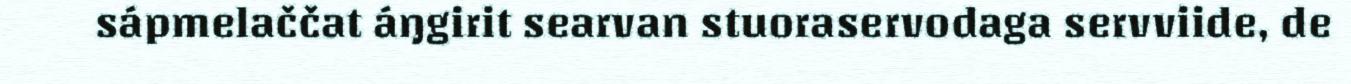
sápmelaččat áŋgirit searvan stuoraservodaga servviide, de